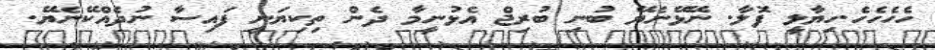
ހެހެހެހެ.ހިޔާލީ ފޮލާ. ނޭޅޭނެޔޭ ބުނި ބުރިޖް އެޅުނީމާ ދެން ތިކިޔަނީ ފައިސާ ނުދެއްކޭނެޔޭ.